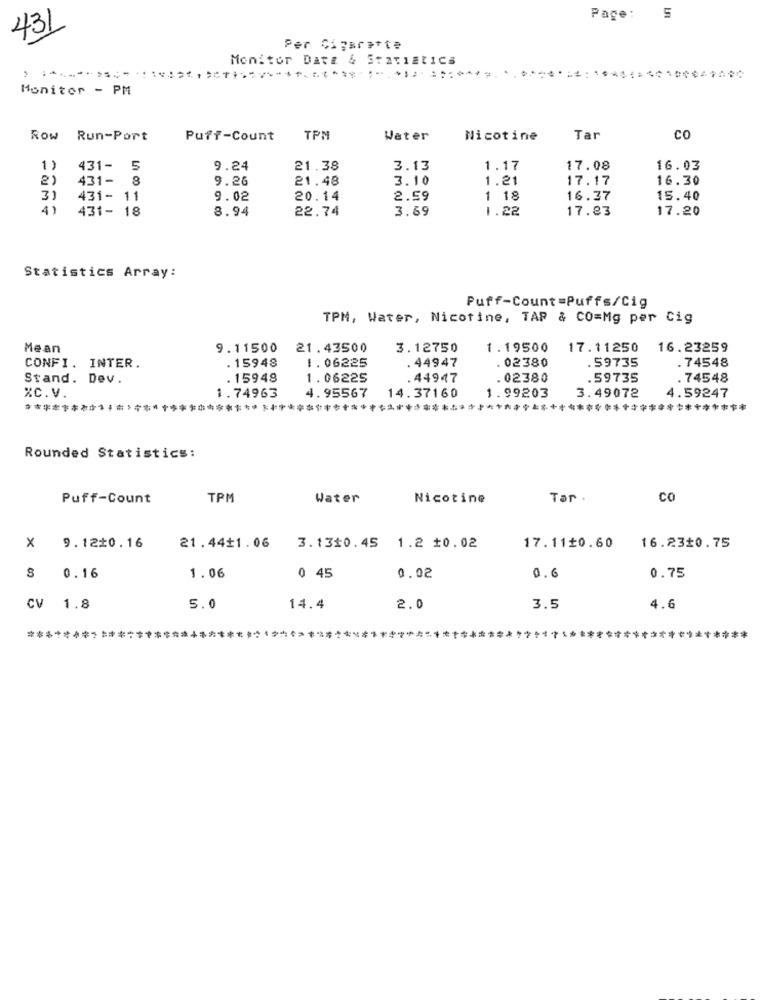
Page :
5
431
Per Cigarette
Monitor Datz & StatiEtICS
Monitor - PM
Row Run-Port
Puff-Count
TPM
Water
Nicotine
Tar
co
1 )
431- 5
9.24
21.38
3.13
1.17
17.08
16.03
2)
431- 8
9.26
21.48
3.10
1.21
17.17
16.30
3)
431- 11
9.02
20.14
2.59
1 18
16.37
15.40
4)
431- 18
8.94
22.74
3.69
1.22
17.83
17.20
Statistics Array:
Puff-Count=Puffs/Cig
TPM, Water, Nicotine, TAP & CO=Mg per Cig
Mean
9.11500
21.43500
3.12750
1.19500
17.11250
16.23259
. 44947
. 02380
.59735
. 74548
CONFI. INTER.
. 15948
1.06225
Stand. Dev.
. 15948
1.06225
.44947
. 02380
.59735
. 74548
XC. V
1.74963
4.95567
14.37160
1.99203
3.49072
4.59247
****************************
*******
*****
*+ ****
+ **
*******************
Rounded Statistics:
Puff-Count
TPM
Water
Nicotine
Tar .
CO
X 9.12#0.16
21.44$1.06
3.13$0.45 1.2 10.02
17.11 0.60
16.23$0.75
8 0.16
1.06
0 45
0.02
0.6
0.75
CV 1.8
5.0
14.4
2.0
3.5
4.6
*****************
******* **
****